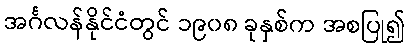
အင်္ဂလန်နိုင်ငံတွင် ၁၉၀၈ ခုနှစ်က အစပြု၍